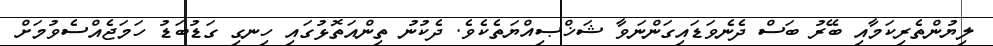
ލިޔުންތެރިކަމާއި ބޭރު ބަސް ދެނެވަޑައިގަންނަވާ ޝަޚްޞިއްޔަތެކެވެ. ދެކުނު ތިންއަތޮޅުގައި ހިނގި ގަޑުބަޑު ހަމަޖެއްސެވުމަށް